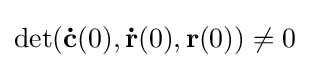
\det(\mathbf {\dot {c}} (0),\mathbf {\dot {r}} (0),\mathbf {r} (0))\neq 0